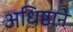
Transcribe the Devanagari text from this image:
अधिष्ठाने